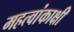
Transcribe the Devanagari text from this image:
महत्वांकाक्षी